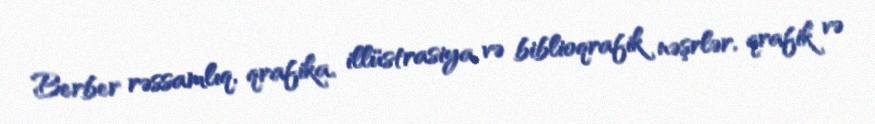
Berber rəssamlıq, qrafika, illüstrasiya və biblioqrafik nəşrlər, qrafik və